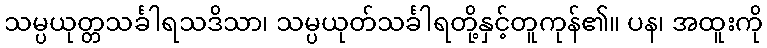
သမ္ပယုတ္တသင်္ခါရသဒိသာ၊ သမ္ပယုတ်သင်္ခါရတို့နှင့်တူကုန်၏။ ပန၊ အထူးကို